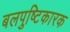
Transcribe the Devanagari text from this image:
बलपुष्टिकारक